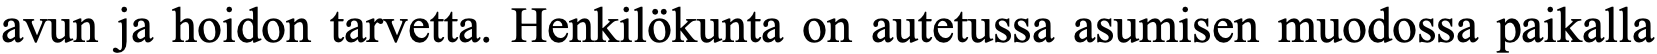
avun ja hoidon tarvetta. Henkilökunta on autetussa asumisen muodossa paikalla